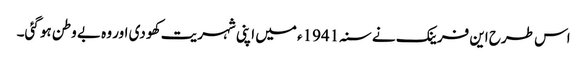
اس طرح این فرینک نے سنہ 1941ء میں اپنی شہریت کھو دی اور وہ بے وطن ہو گئی۔